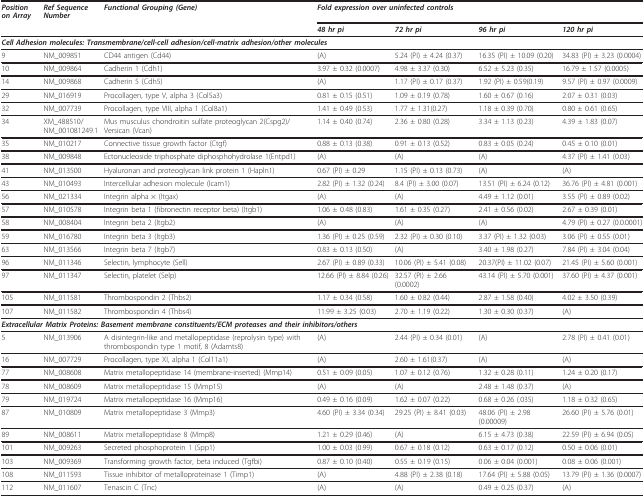
<table><thead><tr><td><b><i>Position on Array</i></b></td><td><b><i>Ref Sequence Number</i></b></td><td><b><i>Functional Grouping (Gene)</i></b></td><td colspan="4"><b><i>Fold expression over uninfected controls</i></b></td></tr><tr><td></td><td></td><td></td><td><b><i>48 hr pi</i></b></td><td><b><i>72 hr pi</i></b></td><td><b><i>96 hr pi</i></b></td><td><b><i>120 hr pi</i></b></td></tr></thead><tbody><tr><td colspan="7"><b><i>Cell Adhesion molecules: Transmembrane/cell-cell adhesion/cell-matrix adhesion/other molecules</i></b></td></tr><tr><td>9</td><td>NM_009851</td><td>CD44 antigen (Cd44)</td><td>(A)</td><td>5.24 (PI) ± 4.24 (0.37)</td><td>16.35 (PI) ± 10.09 (0.20)</td><td>34.83 (PI) ± 3.23 (0.0004)</td></tr><tr><td>10</td><td>NM_009864</td><td>Cadherin 1 (Cdh1)</td><td>3.97 ± 0.32 (0.0007)</td><td>4.98 ± 3.37 (0.30)</td><td>6.52 ± 5.23 (0.35)</td><td>16.79 ± 1.57 (0.0005)</td></tr><tr><td>14</td><td>NM_009868</td><td>Cadherin 5 (Cdh5)</td><td>(A)</td><td>1.17 (PI) ± 0.17 (0.37)</td><td>1.92 (PI) ± 0.59(0.19)</td><td>9.57 (PI) ± 0.97 (0.0009)</td></tr><tr><td>29</td><td>NM_016919</td><td>Procollagen, type V, alpha 3 (Col5a3)</td><td>0.81 ± 0.15 (0.51)</td><td>1.09 ± 0.19 (0.78)</td><td>1.60 ± 0.67 (0.16)</td><td>2.07 ± 0.31 (0.03)</td></tr><tr><td>32</td><td>NM_007739</td><td>Procollagen, type VIII, alpha 1 (Col8a1)</td><td>1.41 ± 0.49 (0.53)</td><td>1.77 ± 1.31(0.27)</td><td>1.18 ± 0.39 (0.70)</td><td>0.80 ± 0.61 (0.65)</td></tr><tr><td>34</td><td>XM_488510/NM_001081249.1</td><td>Mus musculus chondroitin sulfate proteoglycan 2(Cspg2)/Versican (Vcan)</td><td>1.14 ± 0.40 (0.74)</td><td>2.36 ± 0.80 (0.28)</td><td>3.34 ± 1.13 (0.23)</td><td>4.39 ± 1.83 (0.07)</td></tr><tr><td>35</td><td>NM_010217</td><td>Connective tissue growth factor (Ctgf)</td><td>0.88 ± 0.13 (0.38)</td><td>0.91 ± 0.13 (0.52)</td><td>0.83 ± 0.05 (0.24)</td><td>0.45 ± 0.10 (0.01)</td></tr><tr><td>38</td><td>NM_009848</td><td>Ectonucleoside triphosphate diphosphohydrolase 1(Entpd1)</td><td>(A)</td><td>(A)</td><td>(A)</td><td>4.37 (PI) ± 1.41 (0.03)</td></tr><tr><td>41</td><td>NM_013500</td><td>Hyaluronan and proteoglycan link protein 1 (Hapln1)</td><td>0.67 (PI) ± 0.29</td><td>1.15 (PI) ± 0.13 (0.73)</td><td>(A)</td><td>(A)</td></tr><tr><td>43</td><td>NM_010493</td><td>Intercellular adhesion molecule (Icam1)</td><td>2.82 (PI) ± 1.32 (0.24)</td><td>8.4 (PI) ± 3.00 (0.07)</td><td>13.51 (PI) ± 6.24 (0.12)</td><td>36.76 (PI) ± 4.81 (0.001)</td></tr><tr><td>56</td><td>NM_021334</td><td>Integrin alpha × (Itgax)</td><td>(A)</td><td>(A)</td><td>4.49 ± 1.12 (0.01)</td><td>3.55 (PI) ± 0.89 (0.02)</td></tr><tr><td>57</td><td>NM_010578</td><td>Integrin beta 1 (fibronectin receptor beta) (Itgb1)</td><td>1.06 ± 0.48 (0.83)</td><td>1.61 ± 0.35 (0.27)</td><td>2.41 ± 0.56 (0.02)</td><td>2.67 ± 0.39 (0.01)</td></tr><tr><td>58</td><td>NM_008404</td><td>Integrin beta 2 (Itgb2)</td><td>(A)</td><td>(A)</td><td>(A)</td><td>4.79 (PI) ± 0.27 (0.0.0001)</td></tr><tr><td>59</td><td>NM_016780</td><td>Integrin beta 3 (Itgb3)</td><td>1.36 (PI) ± 0.25 (0.59)</td><td>2.32 (PI) ± 0.30 (0.10)</td><td>3.37 (PI) ± 1.32 (0.03)</td><td>3.06 (PI) ± 0.55 (0.01)</td></tr><tr><td>63</td><td>NM_013566</td><td>Integrin beta 7 (Itgb7)</td><td>0.83 ± 0.13 (0.50)</td><td>(A)</td><td>3.40 ± 1.98 (0.27)</td><td>7.84 (PI) ± 3.04 (0.04)</td></tr><tr><td>96</td><td>NM_011346</td><td>Selectin, lymphocyte (Sell)</td><td>2.67 (PI) ± 0.89 (0.33)</td><td>10.06 (PI) ± 5.41 (0.08)</td><td>20.37(PI) ± 11.02 (0.07)</td><td>21.45 (PI) ± 5.60 (0.001)</td></tr><tr><td>97</td><td>NM_011347</td><td>Selectin, platelet (Selp)</td><td>12.66 (PI) ± 8.84 (0.26)</td><td>32.57 (PI) ± 2.66 (0.0002)</td><td>43.14 (PI) ± 5.70 (0.001)</td><td>37.60 (PI) ± 4.37 (0.001)</td></tr><tr><td>105</td><td>NM_011581</td><td>Thrombospondin 2 (Thbs2)</td><td>1.17 ± 0.34 (0.58)</td><td>1.60 ± 0.82 (0.44)</td><td>2.87 ± 1.58 (0.40)</td><td>4.02 ± 3.50 (0.39)</td></tr><tr><td>107</td><td>NM_011582</td><td>Thrombospondin 4 (Thbs4)</td><td>11.99 ± 3.25 (0.03)</td><td>2.70 ± 1.19 (0.22)</td><td>1.30 ± 0.30 (0.37)</td><td>(A)</td></tr><tr><td colspan="7"><b><i>Extracellular Matrix Proteins: Basement membrane constituents/ECM proteases and their inhibitors/others</i></b></td></tr><tr><td>5</td><td>NM_013906</td><td>A disintegrin-like and metallopeptidase (reprolysin type) with thrombospondin type 1 motif, 8 (Adamts8)</td><td>(A)</td><td>2.44 (PI) ± 0.34 (0.01)</td><td>(A)</td><td>2.78 (PI) ± 0.41 (0.01)</td></tr><tr><td>16</td><td>NM_007729</td><td>Procollagen, type XI, alpha 1 (Col11a1)</td><td>(A)</td><td>2.60 ± 1.61(0.37)</td><td>(A)</td><td>(A)</td></tr><tr><td>77</td><td>NM_008608</td><td>Matrix metallopeptidase 14 (membrane-inserted) (Mmp14)</td><td>0.51 ± 0.09 (0.05)</td><td>1.07 ± 0.12 (0.76)</td><td>1.32 ± 0.28 (0.11)</td><td>1.24 ± 0.20 (0.17)</td></tr><tr><td>78</td><td>NM_008609</td><td>Matrix metallopeptidase 15 (Mmp15)</td><td>(A)</td><td>(A)</td><td>2.48 ± 1.48 (0.37)</td><td>(A)</td></tr><tr><td>79</td><td>NM_019724</td><td>Matrix metallopeptidase 16 (Mmp16)</td><td>0.49 ± 0.16 (0.09)</td><td>1.62 ± 0.07 (0.22)</td><td>0.68 ± 0.26 (.035)</td><td>1.18 ± 0.32 (0.65)</td></tr><tr><td>87</td><td>NM_010809</td><td>Matrix metallopeptidase 3 (Mmp3)</td><td>4.60 (PI) ± 3.34 (0.34)</td><td>29.25 (PI) ± 8.41 (0.03)</td><td>48.06 (PI) ± 2.98 (0.00009)</td><td>26.60 (PI) ± 5.76 (0.01)</td></tr><tr><td>89</td><td>NM_008611</td><td>Matrix metallopeptidase 8 (Mmp8)</td><td>1.21 ± 0.29 (0.46)</td><td>(A)</td><td>6.15 ± 4.73 (0.38)</td><td>22.59 (PI) ± 6.94 (0.05)</td></tr><tr><td>101</td><td>NM_009263</td><td>Secreted phosphoprotein 1 (Spp1)</td><td>1.00 ± 0.03 (0.99)</td><td>0.67 ± 0.18 (0.12)</td><td>0.63 ± 0.17 (0.12)</td><td>0.50 ± 0.06 (0.01)</td></tr><tr><td>103</td><td>NM_009369</td><td>Transforming growth factor, beta induced (Tgfbi)</td><td>0.87 ± 0.10 (0.40)</td><td>0.55 ± 0.19 (0.15)</td><td>0.06 ± 0.04 (0.001)</td><td>0.08 ± 0.06 (0.001)</td></tr><tr><td>108</td><td>NM_011593</td><td>Tissue inhibitor of metalloproteinase 1 (Timp1)</td><td>(A)</td><td>4.88 (PI) ± 2.38 (0.18)</td><td>17.64 (PI) ± 5.88 (0.05)</td><td>13.79 (PI) ± 1.36 (0.0007)</td></tr><tr><td>112</td><td>NM_011607</td><td>Tenascin C (Tnc)</td><td>(A)</td><td>(A)</td><td>0.49 ± 0.25 (0.37)</td><td>(A)</td></tr></tbody></table>